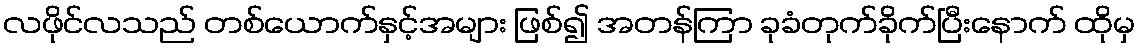
လဖိုင်လသည် တစ်ယောက်နှင့်အများ ဖြစ်၍ အတန်ကြာ ခုခံတုက်ခိုက်ပြီးနောက် ထိုမှ